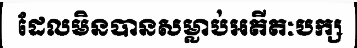
ដែលមិនបានសម្លាប់អតីតៈបក្ស